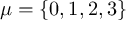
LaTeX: \mu = \{ 0 , 1 , 2 , 3 \}